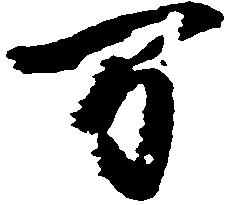
万